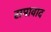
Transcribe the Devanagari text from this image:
समावाद